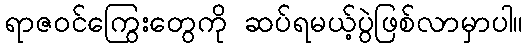
ရာဇဝင်ကြွေးတွေကို ဆပ်ရမယ့်ပွဲဖြစ်လာမှာပါ။